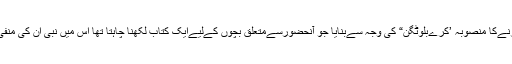
اخبار نےیہ کارٹونز شائع کرنےکا منصوبہ ’کرےبلوٹگن“ کی وجہ سےبنایا جو آنحضورسےمتعلق بچوں کےلیےایک کتاب لکھنا چاہتا تھا اس میں نبی ان کی منفی تصویر کشی کرنا چاہتا تھا۔